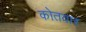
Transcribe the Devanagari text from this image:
कोतवार